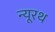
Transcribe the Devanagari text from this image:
न्यूरथ